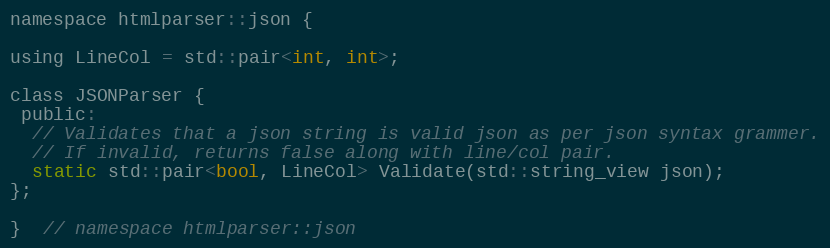
Language: C
namespace htmlparser::json {

using LineCol = std::pair<int, int>;

class JSONParser {
 public:
  // Validates that a json string is valid json as per json syntax grammer.
  // If invalid, returns false along with line/col pair.
  static std::pair<bool, LineCol> Validate(std::string_view json);
};

}  // namespace htmlparser::json